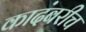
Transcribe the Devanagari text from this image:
कादंबरीच